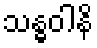
သန္ဓဝါနိ